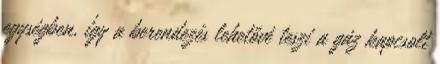
egységben, így a berendezés lehetővé teszi a gáz kapcsolt